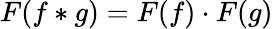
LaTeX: F(f*g)=F(f)\cdot F(g)